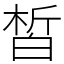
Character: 皙